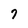
Character: 7